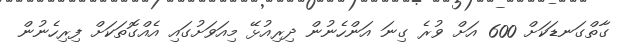
ގާތްގަނޑަކަށް 600 އަށް ވުރެ ގިނަ އަންހެނުން ދިރިއުޅޭ މިއަވަށުގައި އެއްގޮތަކަށް ފިރިހެނުން